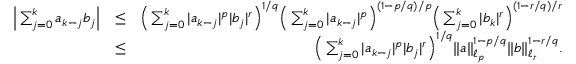
\begin{array} { r l r } { \Big | \sum _ { j = 0 } ^ { k } a _ { k - j } b _ { j } \Big | } & { \leq } & { \Big ( \sum _ { j = 0 } ^ { k } | a _ { k - j } | ^ { p } | b _ { j } | ^ { r } \Big ) ^ { 1 / q } \Big ( \sum _ { j = 0 } ^ { k } | a _ { k - j } | ^ { p } \Big ) ^ { ( 1 - p / q ) / p } \Big ( \sum _ { j = 0 } ^ { k } | b _ { k } | ^ { r } \Big ) ^ { ( 1 - r / q ) / r } } \\ & { \leq } & { \Big ( \sum _ { j = 0 } ^ { k } | a _ { k - j } | ^ { p } | b _ { j } | ^ { r } \Big ) ^ { 1 / q } \| a \| _ { \ell _ { p } } ^ { 1 - p / q } \| b \| _ { \ell _ { r } } ^ { 1 - r / q } . } \end{array}